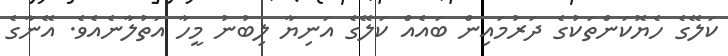
ކަލޭގެ ހެޔޮކަންތަކުގެ ދަރުމައިން ބައެއް ކަލޭގެ އަނިޔާ ލިބުނު މީހާ އަތުލާނެއެވެ. އޭނާގެ